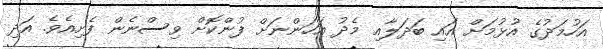
އަހުމަދުގެ އުޅުމަށް އައި ބަދަލާއި މެދު އަހަންނަށް ފުންކޮށް ވިސްނެން ފެށިއެވެ. އަދި